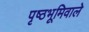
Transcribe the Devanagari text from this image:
पृष्ठभूमिवाले